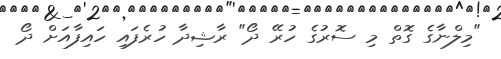
"މިލްނާގެ ގޮތް މި ސޮރުގެ ހުރޭ ދޯ" ރާޝިދާ ހުރެފައި ހައިފާއަށް ދޯ